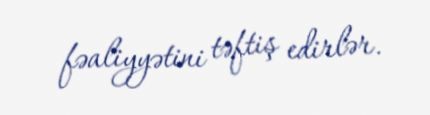
fəaliyyətini təftiş edirlər.